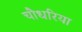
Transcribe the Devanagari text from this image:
चौधरिया